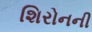
શિરોનની